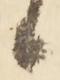
々